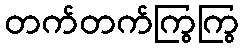
တက်တက်ကြွကြွ